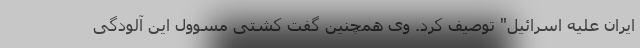
ایران علیه اسرائیل" توصیف کرد. وی همچنین گفت کشتی مسوول این آلودگی